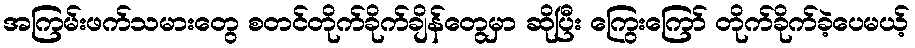
အကြမ်းဖက်သမားတွေ စတင်တိုက်ခိုက်ချိန်တွေမှာ ဆိုပြီး ကြွေးကြော် တိုက်ခိုက်ခဲ့ပေမယ့်